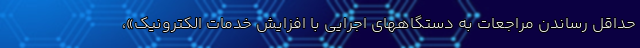
حداقل رساندن مراجعات به دستگاههای اجرایی با افزایش خدمات الکترونیک»،